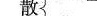
散